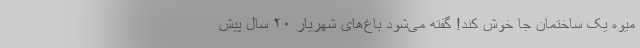
میوه یک ساختمان جا خوش کند! گفته می‌شود باغ‌های شهریار ۲۰ سال پیش